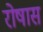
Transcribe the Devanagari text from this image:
रोषास